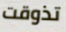
تذوقت